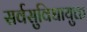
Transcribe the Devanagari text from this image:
सर्वसुविधायुक्त